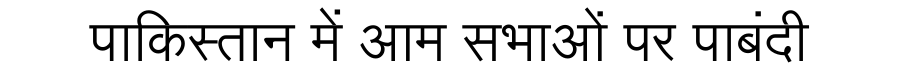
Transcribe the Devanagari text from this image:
पाकिस्तान में आम सभाओं पर पाबंदी